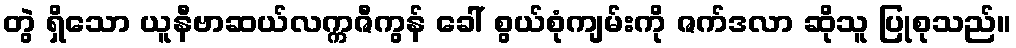
တွဲ ရှိသော ယူနီဗာဆယ်လက္ကဇီကွန် ခေါ် စွယ်စုံကျမ်းကို ဇက်ဒလာ ဆိုသူ ပြုစုသည်။